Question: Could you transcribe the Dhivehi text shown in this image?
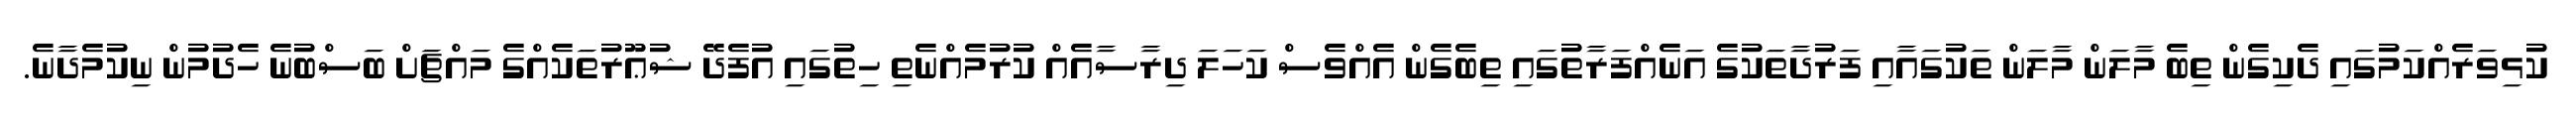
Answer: ކުޅިވަރެއްކަމުގައި ދެކިގެން ތިބެ މާލަން މާލަން ތަކުގައާއި ފަރުދާތަކުގެ އަނެއްފަރާތުގައި ތިބެގެން އެއްވެސް ކަހަލަ ދިރާސާއެއް ކުރުމެއްނެތި ހިތުގައި އުފެދޭ ޝުޢޫރުތަކެއްގެ މައްޗަށް ބަސްބުނެ ހެދުމުން ނިކުމެދާނެ.